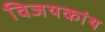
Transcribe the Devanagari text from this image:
विजयकांथ